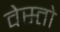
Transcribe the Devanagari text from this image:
वेस्तो